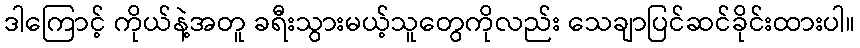
ဒါကြောင့် ကိုယ်နဲ့အတူ ခရီးသွားမယ့်သူတွေကိုလည်း သေချာပြင်ဆင်ခိုင်းထားပါ။